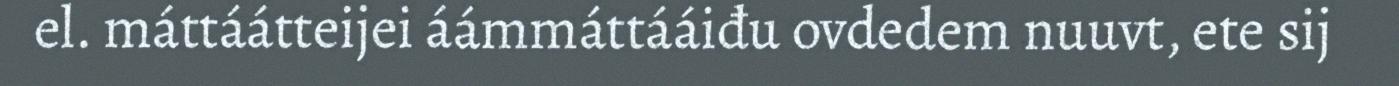
el. máttáátteijei áámmáttááiđu ovdedem nuuvt, ete sij